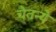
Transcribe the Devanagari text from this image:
चैतन्ये